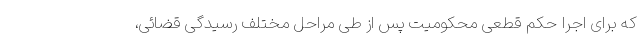
که برای اجرا حکم قطعی محکومیت پس از طی مراحل مختلف رسیدگی قضائی،